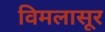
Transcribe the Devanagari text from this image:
विमलासूर